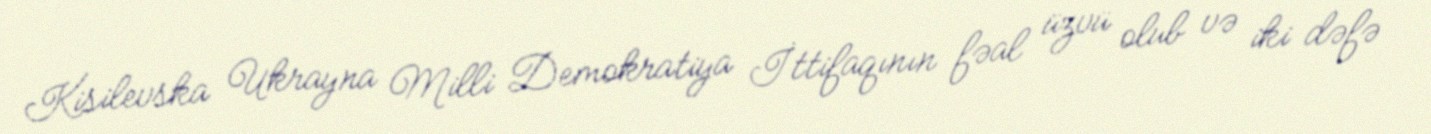
Kisilevska Ukrayna Milli Demokratiya İttifaqının fəal üzvü olub və iki dəfə